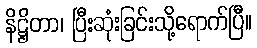
နိဋ္ဌိတာ၊ ပြီးဆုံးခြင်းသို့ရောက်ပြီ။